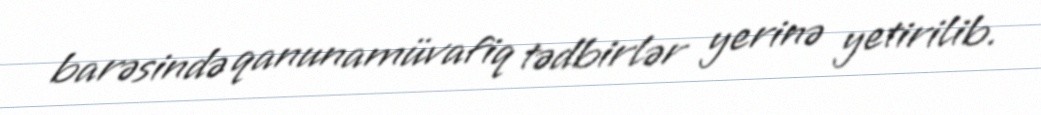
barəsində qanunamüvafiq tədbirlər yerinə yetirilib.